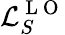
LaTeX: \mathcal{L}_{S}^{\mathrm{~L~O~}}